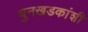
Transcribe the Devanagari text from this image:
चुनखडकांशी